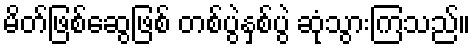
မိတ်ဖြစ်ဆွေဖြစ် တစ်ပွဲနှစ်ပွဲ ဆုံသွားကြသည်။